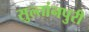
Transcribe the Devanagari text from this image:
सुल्तांनपुरी